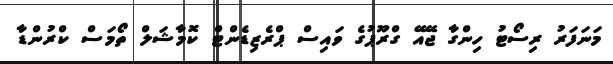
މަނަފަރު ރިސޯޓު ހިންގާ ޖޭއޭ ގްރޫޕުގެ ވައިސް ޕްރެޒިޑެންޓް ކޮމާޝަލް ތޯމަސް ކްރުންޑާ